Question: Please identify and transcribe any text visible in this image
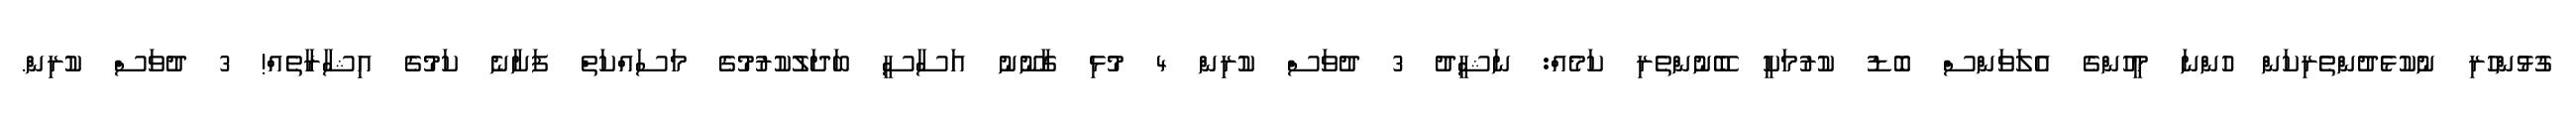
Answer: ގުޅުންހުރި ނުކުޅެދުންތެރިކަން ހުންނަ މީހުންގެ އެލަވަންސް ބޮޑު ކުރުމަކީ ބޭނުންތެރި ކަމެއް: ނަޝީދު 3 ދުވަސް ކުރިން 4 މުޅި ގާނޫނު އަސާސީ ބަދަލުކުރުމުގެ މަސައްކަތް ފަށާނެ ކަމުގެ އިޝާރާތެއް! 3 ދުވަސް ކުރިން.